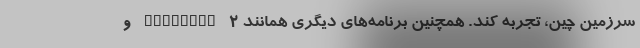
سرزمین چین، تجربه کند. همچنین برنامه‌های دیگری همانند FaceTune 2 و